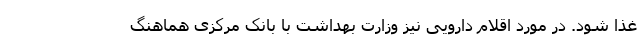
غذا شود. در مورد اقلام دارویی نیز وزارت بهداشت با بانک مرکزی هماهنگ